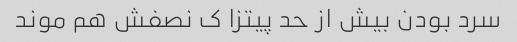
سرد بودن بیش از حد پیتزا ک نصفش هم موند